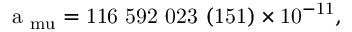
\mathrm { a _ { \ m u } = 1 1 6 ~ 5 9 2 ~ 0 2 3 ~ ( 1 5 1 ) \times 1 0 ^ { - 1 1 } } ,